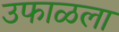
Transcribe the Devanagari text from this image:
उफाळला